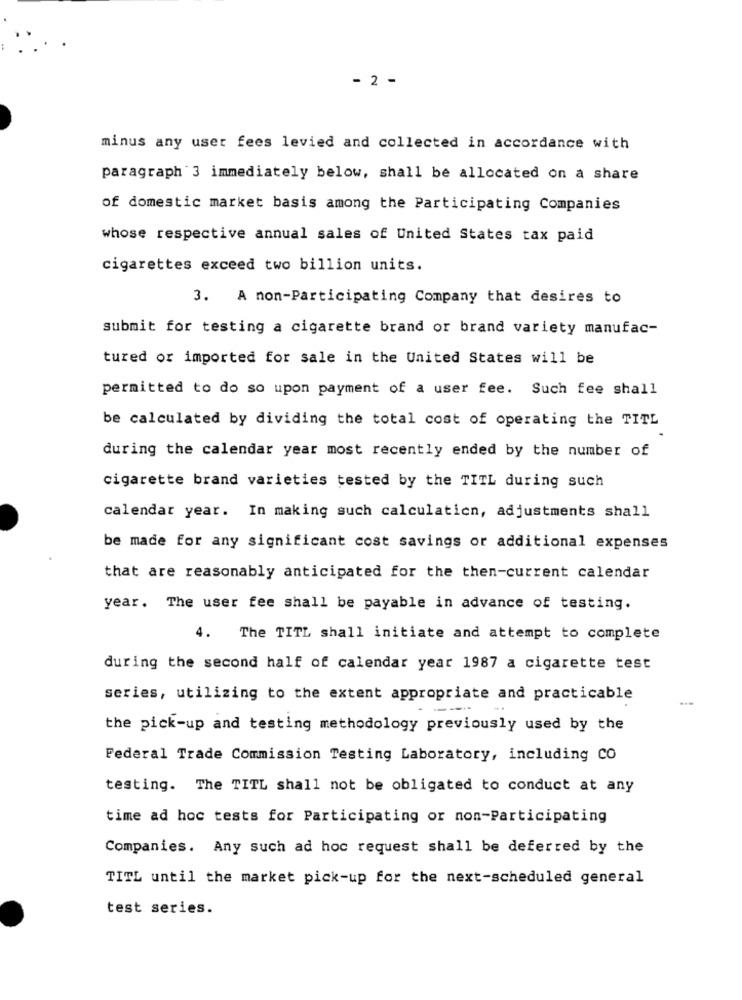
- 2 -
minus any user fees levied and collected in accordance with
paragraph 3 immediately below, shall be allocated on a share
of domestic market basis among the Participating Companies
whose respective annual sales of United States tax paid
cigarettes exceed two billion units.
3. A non-Participating Company that desires to
submit for testing a cigarette brand or brand variety manufac-
tured or imported for sale in the United States will be
permitted to do so upon payment of a user fee. Such fee shall
be calculated by dividing the total cost of operating the TITL
during the calendar year most recently ended by the number of
cigarette brand varieties tested by the TITL during such
calendar year. In making such calculation, adjustments shall
be made for any significant cost savings or additional expenses
that are reasonably anticipated for the then-current calendar
year. The user fee shall be payable in advance of testing.
4. The TITL shall initiate and attempt to complete
during the second half of calendar year 1987 a cigarette test
series, utilizing to the extent appropriate and practicable
the pick-up and testing methodology previously used by the
Federal Trade Commission Testing Laboratory, including CO
testing. The TITL shall not be obligated to conduct at any
time ad hoc tests for Participating or non-Participating
Companies. Any such ad hoc request shall be deferred by the
TITL until the market pick-up for the next-scheduled general
test series.